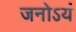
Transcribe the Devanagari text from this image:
जनोऽयं